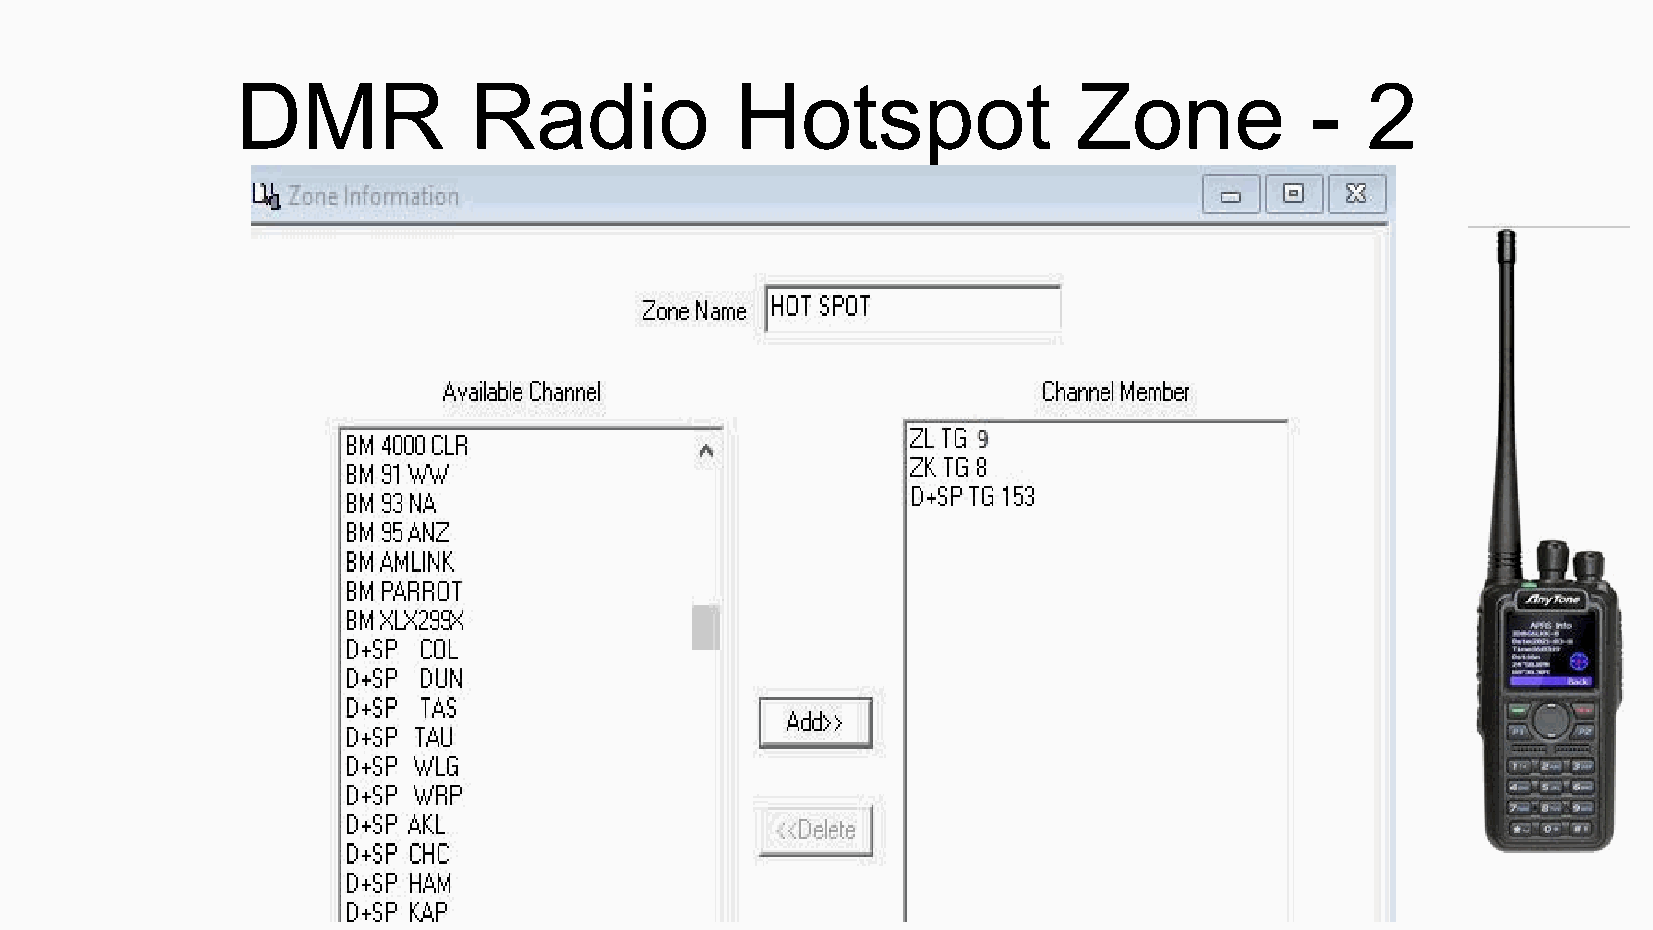
DMR            Radio             Hotspot               Zone            -  2